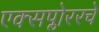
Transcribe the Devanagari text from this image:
एक्सप्लोररचे